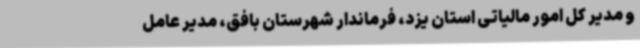
و مدیر کل امور مالیاتی استان یزد، فرماندار شهرستان بافق، مدیر عامل